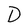
Character: D